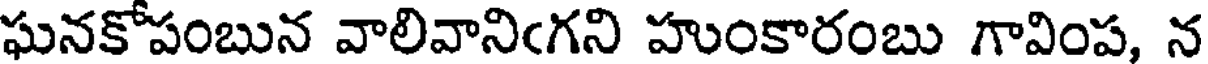
ఘనకోపంబున వాలివానిఁగని హుంకారంబు గావింప, న